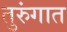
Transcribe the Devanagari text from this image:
तुरुंंगात